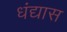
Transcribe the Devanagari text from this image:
धंद्यास